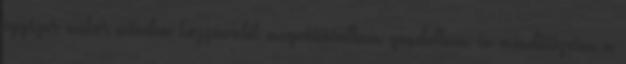
egyszer mikor minden hozzávalót megvásároltam gondoltam én mindösszesen a